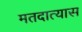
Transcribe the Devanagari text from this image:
मतदात्यास